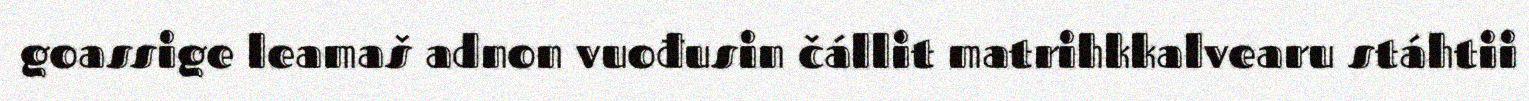
goassige leamaš adnon vuođusin čállit matrihkkalvearu stáhtii